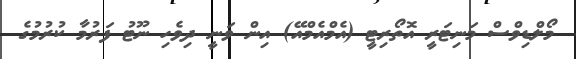
މޯލްޑިވްސް މަނިޓަރީ އޮތޯރިޓީ (އެމްއެމްއޭ) އިން ވަނީ ދިވެހި ނޫޓު ފަރުމާ ކުރުމުގެ